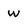
Character: W